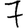
Digit: 7